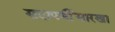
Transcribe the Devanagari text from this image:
सदापर्णीसारखा